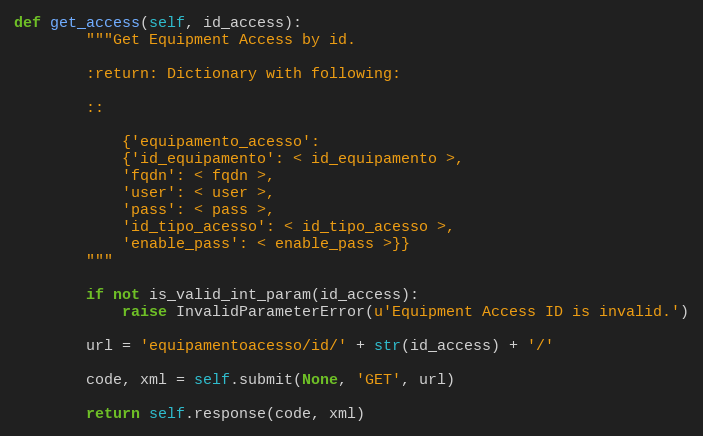
Language: Python
def get_access(self, id_access):
        """Get Equipment Access by id.

        :return: Dictionary with following:

        ::

            {'equipamento_acesso':
            {'id_equipamento': < id_equipamento >,
            'fqdn': < fqdn >,
            'user': < user >,
            'pass': < pass >,
            'id_tipo_acesso': < id_tipo_acesso >,
            'enable_pass': < enable_pass >}}
        """

        if not is_valid_int_param(id_access):
            raise InvalidParameterError(u'Equipment Access ID is invalid.')

        url = 'equipamentoacesso/id/' + str(id_access) + '/'

        code, xml = self.submit(None, 'GET', url)

        return self.response(code, xml)